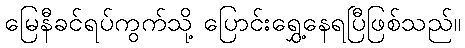
မြေနီခင်ရပ်ကွက်သို့ ပြောင်းရွှေ့နေရပြီဖြစ်သည်။